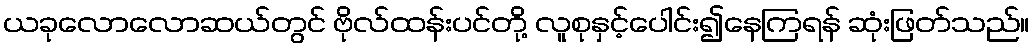
ယခုလောလောဆယ်တွင် ဗိုလ်ထန်းပင်တို့ လူစုနှင့်ပေါင်း၍နေကြရန် ဆုံးဖြတ်သည်။